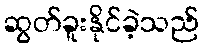
ဆွတ်ခူးနိုင်ခဲ့သည်